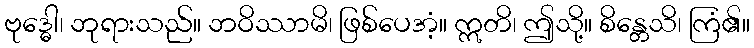
ဗုဒ္ဓေါ၊ ဘုရားသည်။ ဘဝိဿာမိ၊ ဖြစ်ပေအံ့။ ဣတိ၊ ဤသို့။ စိန္တေသိ၊ ကြံ၏။